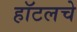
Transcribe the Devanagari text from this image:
हॉटलचे